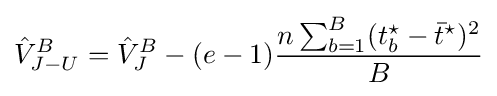
{\hat {V}}_{J-U}^{B}={\hat {V}}_{J}^{B}-(e-1){\frac {n\sum _{b=1}^{B}(t_{b}^{\star }-{\bar {t}}^{\star })^{2}}{B}}